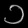
Digit: ၁